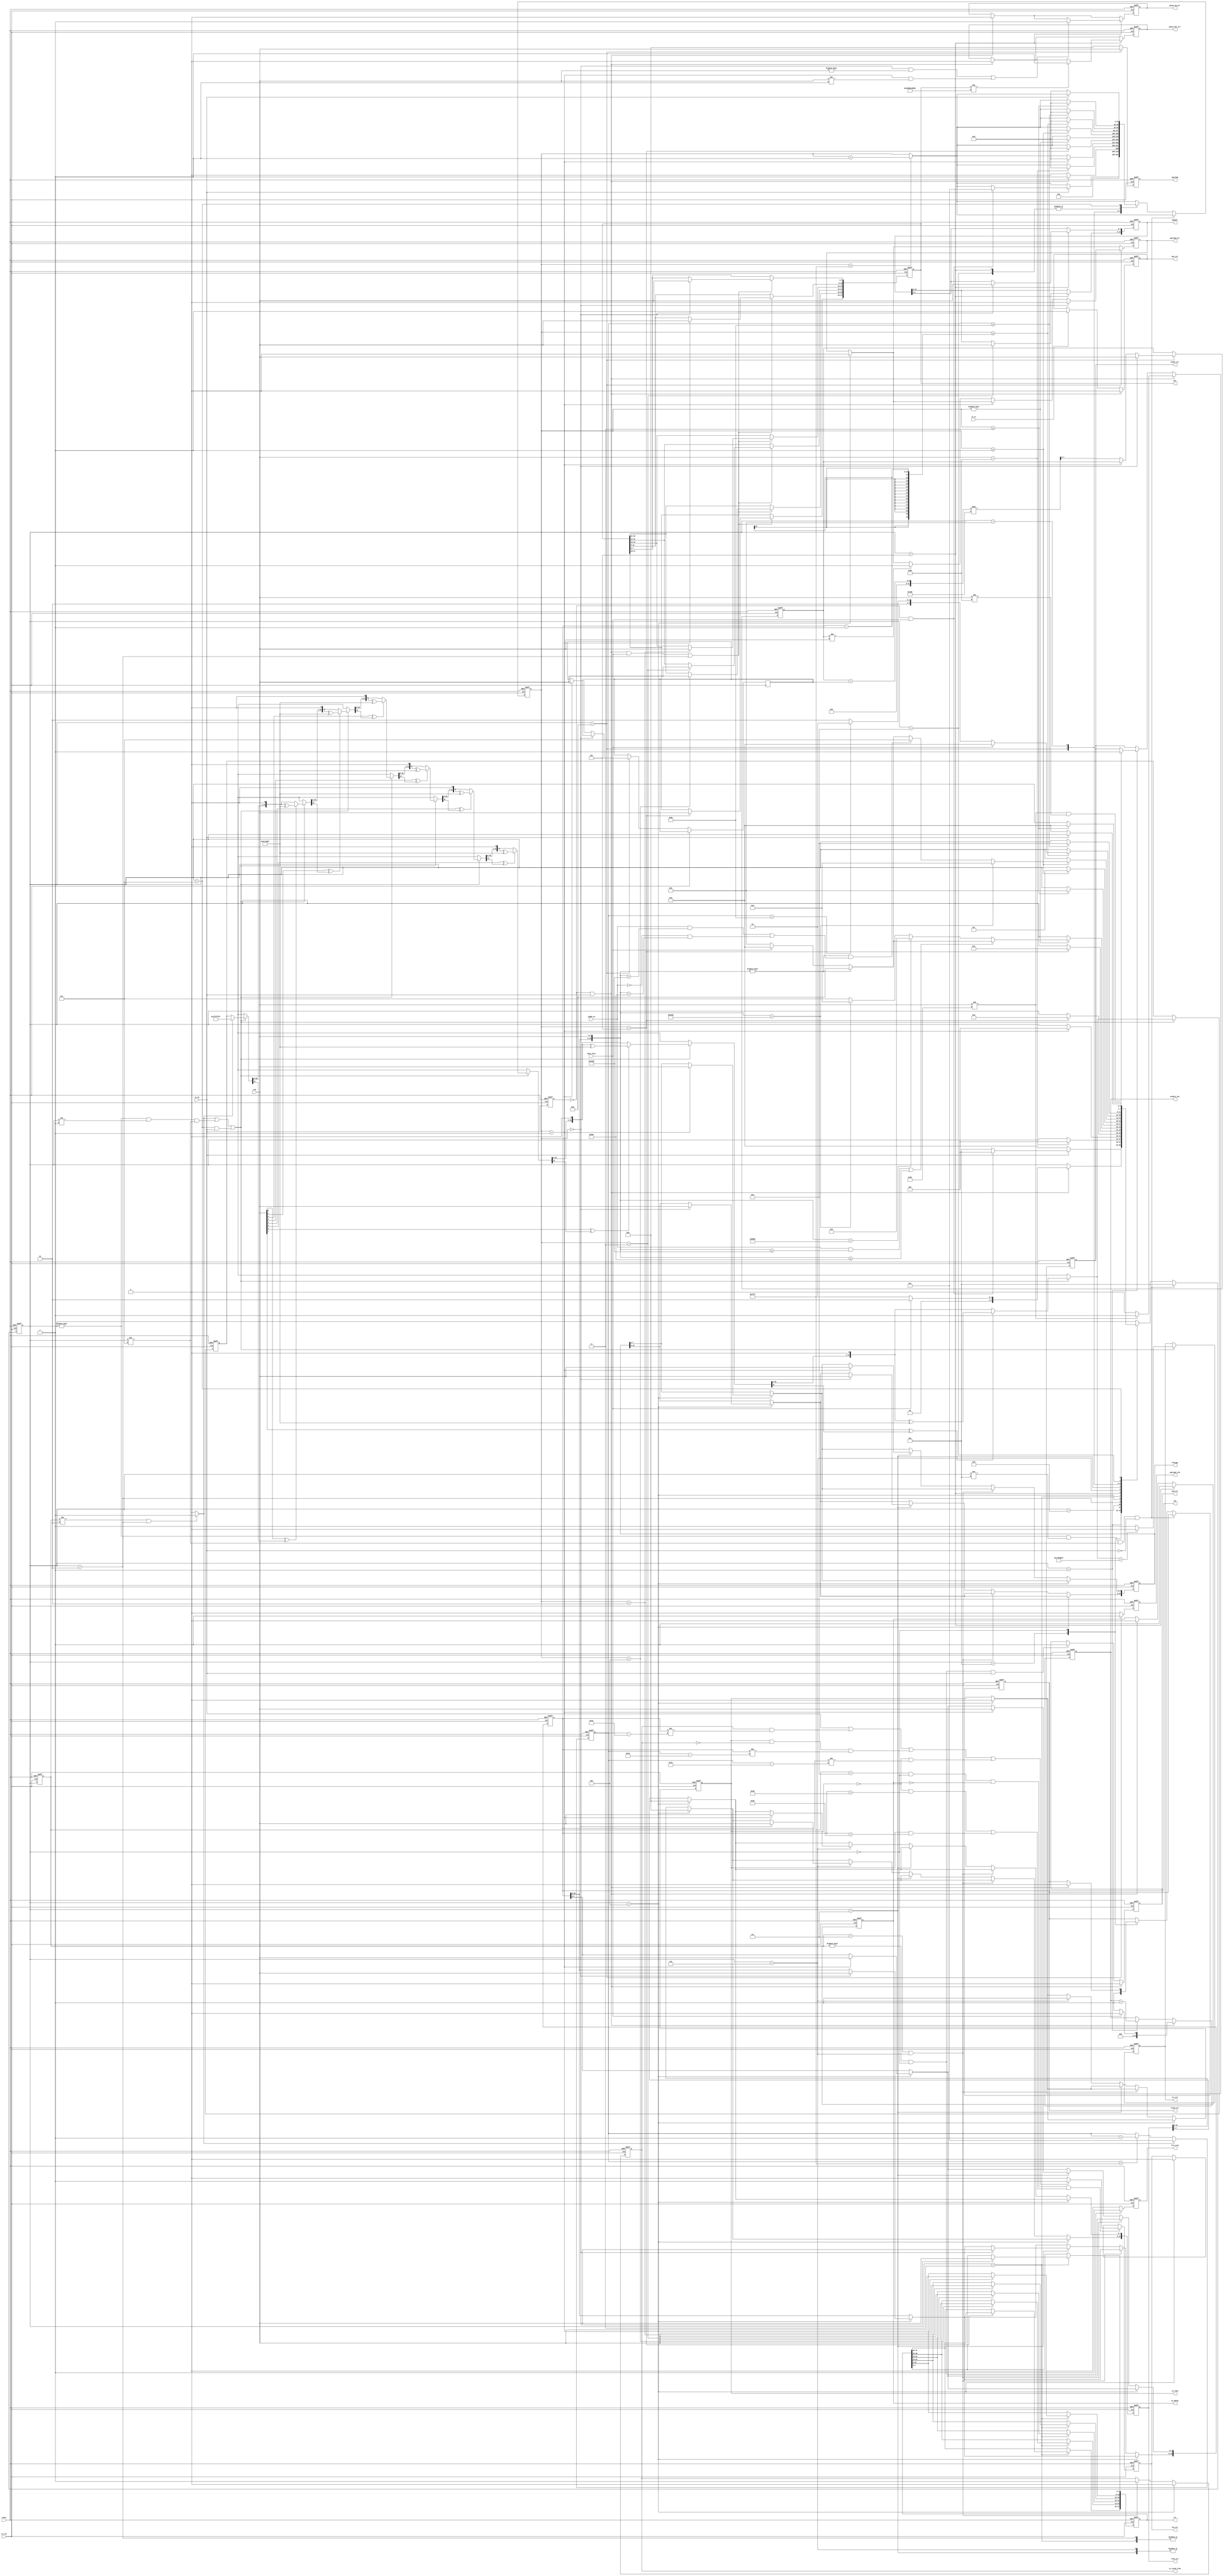
// -------------------------------------------------------------------------
// -------------------------------------------------------------------------
//
// Revision Control Information
//
// $RCSfile: ethmon_32.v,v $
// $Source: /ipbu/cvs/sio/projects/TriSpeedEthernet/src/testbench/models/verilog/ethernet_model/mon/ethmon_32.v,v $
//
// $Revision: #1 $
// $Date: 2010/01/07 $
// Check in by : $Author: max $
//
// Project     : Triple Speed Ethernet - 10/100/1000 MAC
//
// Description : (Simulation only)
//
// Ethernet Traffic Monitor/Decoder for 32 bit MAC Atlantic client interface
// Instantiated in top_ethmonitor32 (top_ethmon32.v)
//
// 
// ALTERA Confidential and Proprietary
// Copyright 2006 (c) Altera Corporation
// All rights reserved
//
// -------------------------------------------------------------------------
// -------------------------------------------------------------------------

`timescale 1 ns / 10 ps  // timescale for following modules


module ethmonitor_32 (

   reset,
   tx_clk,
   txd,
   tx_dv,
   tx_er,
   dst,
   src,
   prmble_len,
   pquant,
   vlan_ctl,
   len,
   frmtype,
   payload,
   payload_vld,
   is_vlan,
   is_stack_vlan,
   is_pause,
   crc_err,
   prmbl_err,
   len_err,
   payload_err,
   frame_err,
   pause_op_err,
   pause_dst_err,
   mac_err,
   end_err,
   jumbo_en,
   data_only,
   frm_rcvd);
   
parameter ENABLE_SHIFT16 = 1'b 0;
   
input   reset; //  active high
input   tx_clk; 
input   [7:0] txd; 
input   tx_dv; 
input   tx_er; 
output   [47:0] dst; //  destination address
output   [47:0] src; //  source address
output   [13:0] prmble_len; //  length of preamble
output   [15:0] pquant; //  Pause Quanta value
output   [15:0] vlan_ctl; //  VLAN control info
output   [15:0] len; //  Length of payload
output   [15:0] frmtype; //  if non-null: type field instead length
output   [7:0] payload; 
output   payload_vld; 
output   is_vlan;
output   is_stack_vlan; 
output   is_pause; 
output   crc_err; 
output   prmbl_err; 
output   len_err; 
output   payload_err; 
output   frame_err; 
output   pause_op_err; 
output   pause_dst_err; 
output   mac_err; 
output   end_err; 
input   jumbo_en; 
input   data_only; 
output   frm_rcvd; 
//  GMII transmit interface: To be connected to MAC TX
wire    [47:0] dst; 
reg     [47:0] src; 
wire    [13:0] prmble_len; 
reg     [15:0] pquant; 
reg     [15:0] vlan_ctl; 
wire    [15:0] len; 
wire    [15:0] frmtype; 
reg     [7:0] payload; 
//  Indicators
reg     payload_vld; 
wire    is_vlan;
wire    is_stack_vlan;  
wire    is_pause; 
reg     crc_err; 
reg     prmbl_err; 
reg     len_err; 
reg     payload_err; 
reg     frame_err; 
reg     pause_op_err; 
reg     pause_dst_err; 
reg     mac_err; 
//  Control
reg     end_err; 
reg     frm_rcvd; 
reg     [13:0] iprmble_len; //  length of preamble
reg     [15:0] ifrmtype; 
reg     [15:0] ilen; 
reg     [47:0] idst; 
reg     iis_vlan; 
reg     iis_stack_vlan;
reg     iis_pause; 
//  internal

// TYPE state_typ:
parameter state_typ_s_idle = 0;
parameter state_typ_s_prmbl = 1;
parameter state_typ_s_dst = 2;
parameter state_typ_s_src = 3;
parameter state_typ_s_typelen = 4;
parameter state_typ_s_pause = 5;
parameter state_typ_s_tag = 6;
parameter state_typ_s_len = 7;
parameter state_typ_s_data = 8;
parameter state_typ_s_pad = 9;
parameter state_typ_s_crc = 10;
parameter state_typ_s_abort = 11;
parameter state_typ_s_utype = 12;
parameter state_typ_s_Dword32Aligned = 13;


reg     [3:0] state; 
reg     [3:0] last_state; 
reg     last_tx_dv; //  follows tx_dv with one cycle delay
reg     [31:0] crc32; 
reg     [31:0] count; 
reg     [31:0] poscnt; //  position in frame starts at first dst byte
reg     [7:0] datacnt; //  counter to verify payload
reg     [7:0] datainc; //  counter increment
wire    tx_sof; //  start of frame indicator for 1 clk cycle with 1st byte
reg     tx_dst; //  start of frame indicator for 1 clk cycle with 1st byte
//  connect permanent port signals
//  ------------------------------
reg     [31:0]  process_3_crctmp; 
reg     [3:0]  V2V_process_3_i; 
integer  process_8_ix; 
integer  process_9_ix; 
reg      process_9_ln; 
integer  process_12_ix; 
integer  process_10_ix; 
integer  process_11_hi; 
integer  process_11_lo; 
reg     [31:0]  process_11_cnttmp; 
integer  process_11_i; 
integer  process_11_flen; 

assign prmble_len = iprmble_len; 
assign frmtype = ifrmtype; 
assign len = ilen; 
assign dst = idst; 
assign is_vlan = iis_vlan;
assign is_stack_vlan = iis_stack_vlan;  
assign is_pause = iis_pause; 
//  generate tx start pulse
//  ----------------------
assign tx_sof = ~last_tx_dv & tx_dv; //  pulse with first byte 0 to 1 change
//  generate pulse start of destination address
//  --------------------
always @(last_state or state)
   begin : process_1
   if (last_state != state_typ_s_dst & state == state_typ_s_dst)
      begin
      tx_dst <= 1'b 1;  
      end
   else
      begin
      tx_dst <= 1'b 0;  
      end
   end
//  ------------------------------------------
//  capture tx_er indicator
//  ------------------------------------------
always @(posedge tx_clk or posedge reset)
   begin : process_2
   if (reset == 1'b 1)
      begin
      mac_err <= 1'b 0; 
      last_tx_dv <= 1'b 0;  
      end
   else
      begin
      if (tx_sof == 1'b 1)
         begin
         mac_err <= 1'b 0;  //  reset indicator at start of new receive
         end
      else if (tx_er == 1'b 1 )
         begin
         mac_err <= 1'b 1;  //  capture one or many
         end
      last_tx_dv <= tx_dv;  
      end
   end
//  ----------------------------------------------
//  CRC calculation over all bytes except preamble
//  ----------------------------------------------
always @(posedge tx_clk or posedge reset)
   begin : process_3
   if (reset == 1'b 1)
      begin
      crc32 <= {32{1'b 1}}; 
      crc_err <= 1'b 0; 
      end
   else
      begin
//  need it ahead
      if (tx_dst == 1'b 1 | state != state_typ_s_idle & 
    state != state_typ_s_prmbl & state != state_typ_s_utype | 
    state == state_typ_s_utype & tx_dv == 1'b 1)
         begin
//  push all inclusive CRC bytes
//  preset CRC or load current value
         if (tx_dst == 1'b 1)
            begin
//  first data, preset CRC
            process_3_crctmp = {32{1'b 1}}; 
            end
         else
            begin
            process_3_crctmp = crc32;   
            end
//  calculate next step

         for (V2V_process_3_i = 0; V2V_process_3_i <= 7; V2V_process_3_i = V2V_process_3_i + 1)
            begin
            if ((txd[V2V_process_3_i] ^ process_3_crctmp[31]) == 1'b 1)
               begin
               process_3_crctmp = (process_3_crctmp << 1);  //  shift in a 0, will be xor'ed to 1 by the polynom
               process_3_crctmp = process_3_crctmp ^ 32'h 04C11DB7; 
               end
            else
               begin
               process_3_crctmp = (process_3_crctmp << 1);  //  shift in a 0
               end
            end
//  process all bits we have here
         crc32 <= process_3_crctmp; //  remember current value
//  check if CRC is valid
         if (process_3_crctmp == 32'h C704DD7B)
            begin
            crc_err <= 1'b 0;   
            end
         else
            begin
            crc_err <= 1'b 1;   
            end
         end
      end
   end
//  ----------------------------------------------
//  Extract RX Payload on payload bus and check payload errors:
//  * first byte is counter initialization
//  * second byte is counter increment
//  * data begins from 3rd byte on 
//  ----------------------------------------------
always @(posedge tx_clk or posedge reset)
   begin : process_4
   if (reset == 1'b 1)
      begin
      payload <= {8{1'b 0}};    
      payload_vld <= 1'b 0; 
      payload_err <= 1'b 0; 
      datacnt <= 0; 
      end
   else
      begin
      if (state == state_typ_s_typelen)
         begin
         payload_err <= 1'b 0;  //  reset as a frame of length 0 will not get into S_DATA.
         end
      if (state == state_typ_s_data)
         begin
         payload <= txd;    
         payload_vld <= 1'b 1;  
         if (count == 0)
            begin
            datacnt <= ({1'b 0, txd});  //  load counter
            payload_err <= 1'b 0;   
            end
         else if (count == 1 )
            begin
            datainc <= ({1'b 0, txd});  //  load increment
//  verify payload contents
            end
         else
            begin
            datacnt <= (datacnt + datainc) % 256;   
            if (datacnt != ({1'b 0, txd}))
               begin
               payload_err <= 1'b 1;    
               end
            end
         end
      else
         begin
         payload <= {8{1'b 0}}; 
         payload_vld <= 1'b 0;  
         end
      end
   end
//  ----------------------------------------------
//  Position Counter: Starts with first octet of destination address
//  ----------------------------------------------
always @(posedge tx_clk or posedge reset)
   begin : process_5
   if (reset == 1'b 1)
      begin
      poscnt <= 0;  
      end
   else
      begin
      if (tx_dst == 1'b 1)
         begin
//  reset at start of DST 
         poscnt <= 1;   
         end
      else
         begin
         if (poscnt < 65535)
            begin
            poscnt <= poscnt + 1'b 1;   
            end
         end
      end
   end
//  ----------------------------------------------
//  End of Frame:
//  change from non-idle to idle indicates something was received
//  if dv is still asserted this is an end error
//  ----------------------------------------------
always @(posedge tx_clk or posedge reset)
   begin : process_6
   if (reset == 1'b 1)
      begin
      frm_rcvd <= 1'b 0;    
      end_err <= 1'b 0; 
      end
   else
      begin
      if (last_state != state_typ_s_idle & state == state_typ_s_idle)
         begin
         frm_rcvd <= 1'b 1; 
         end
      else
         begin
         frm_rcvd <= 1'b 0; 
         end
      if (tx_sof == 1'b 1)
         begin
         end_err <= 1'b 0;  
         end
      else if (last_state != state_typ_s_idle & state == state_typ_s_idle & 
    tx_dv == 1'b 1 )
         begin
         end_err <= 1'b 1;  //  dv still asserted even after nothing more expected
         end
      end
   end
//  ----------------------------------------------
//  Preamble check
//  ----------------------------------------------
always @(posedge tx_clk or posedge reset)
   begin : process_7
   if (reset == 1'b 1)
      begin
      prmbl_err <= 1'b 0;   
      iprmble_len <= 0; 
      end
   else
      begin
      if (tx_sof == 1'b 1)
         begin
         if (txd != 8'h 55)
            begin
            prmbl_err <= 1'b 1; 
            end
         else
            begin
            prmbl_err <= 1'b 0; //  reset usually
            end
         if (data_only == 1'b 1)
            begin
            iprmble_len <= 0;   
            end
         else
            begin
            iprmble_len <= 1;   
            end
         end
      else if (state == state_typ_s_prmbl )
         begin
         if (txd != 8'h 55 & txd != 8'h D5)
            begin
            prmbl_err <= 1'b 1; 
            end
         iprmble_len <= iprmble_len + 1'b 1;    
         end
      end
   end
//  ----------------------------------------------
//  Extract Source and Destination addresses
//  ----------------------------------------------
always @(posedge tx_clk or posedge reset)
   begin : process_8
   if (reset == 1'b 1)
      begin
      idst <= {48{1'b 0}};  
      src <= {48{1'b 0}};   
      end
   else
      begin
      process_8_ix = count * 8; 

      if (tx_sof == 1'b 1 & data_only == 1'b 1 & state == state_typ_s_Dword32Aligned & ENABLE_SHIFT16 == 1'b1)
         begin
             case (count)
             1'b 0 : ;
             1'b 1 : ;
             default:;
             endcase         
          end
      if (tx_sof == 1'b 0 & data_only == 1'b 1 & ENABLE_SHIFT16 == 1'b1 & state == state_typ_s_dst)
         begin
         case (count)
         1'b 0:
            begin
            idst[7:0] <= txd[7:0];  
            end
         1'b 1:
            begin
            idst[15:8] <= txd[7:0]; 
            end
         2'b 10:
            begin
            idst[23:16] <= txd[7:0];    
            end
         2'b 11:
            begin
            idst[31:24] <= txd[7:0];    
            end
         3'b 100:
            begin
            idst[39:32] <= txd[7:0];    
            end
         3'b 101:
            begin
            idst[47:40] <= txd[7:0];    
            end
         default:
            ;
         endcase         end
 
 
      if (tx_sof == 1'b 1 & data_only == 1'b 1 & ENABLE_SHIFT16 == 1'b0 | state == state_typ_s_dst)
         begin
         case (count)
         1'b 0:
            begin
            idst[7:0] <= txd[7:0];  
            end
         1'b 1:
            begin
            idst[15:8] <= txd[7:0]; 
            end
         2'b 10:
            begin
            idst[23:16] <= txd[7:0];    
            end
         2'b 11:
            begin
            idst[31:24] <= txd[7:0];    
            end
         3'b 100:
            begin
            idst[39:32] <= txd[7:0];    
            end
         3'b 101:
            begin
            idst[47:40] <= txd[7:0];    
            end
         default:
            ;
         endcase         end
      if (state == state_typ_s_src)
         begin
        case (count)
         1'b 0:
            begin
            src[7:0] <= txd[7:0];   
            end
         1'b 1:
            begin
            src[15:8] <= txd[7:0];  
            end
         2'b 10:
            begin
            src[23:16] <= txd[7:0]; 
            end
         2'b 11:
            begin
            src[31:24] <= txd[7:0]; 
            end
         3'b 100:
            begin
            src[39:32] <= txd[7:0]; 
            end
         3'b 101:
            begin
            src[47:40] <= txd[7:0]; 
            end
         default:
         ;
         endcase         
       end      
      end
   end

//  ----------------------------------------------
//  Extract Length/Type field and VLAN Tag identifier
//  ----------------------------------------------

always @(posedge tx_clk or posedge reset)
   begin : process_12
   if (reset == 1'b 1)
      begin
      ilen <= {16{1'b 0}};  
      ifrmtype <= {16{1'b 0}};  
      vlan_ctl <= {16{1'b 0}};  
      iis_vlan <= 1'b 0;    
      len_err <= 1'b 0; 
      iis_stack_vlan <= 1'b0;
      end
   else
      begin
      process_12_ix = 4'b 1000 - count * 8; 
// if( tx_sof_d = '1' ) then              -- clear all on start of every frame
// 
//     ilen     <= (others => '0');
//     ifrmtype <= (others => '0');
//     vlan_ctl <= (others => '0');
//     iis_vlan  <= '0';
//     
// end if;
      if (state == state_typ_s_typelen)
         begin
//  if in type/len set both
        case (count)
         1'b 0:
            begin
            ifrmtype[15:8] <= txd;  
            ilen[15:8] <= txd;  
            end
         1'b 1:
            begin
            ifrmtype[7:0] <= txd;   
            ilen[7:0] <= txd;   
            end
         default:
            ;
         endcase                
         vlan_ctl <= {16{1'b 0}};   //  clear at start of new frame (at SOF it is too early)
         iis_vlan <= 1'b 0; 
         len_err <= 1'b 0;  
         end
         
         if(state==state_typ_s_typelen)
         begin
            
                iis_stack_vlan <= 1'b0 ;
         
         end 
         else if (last_state == state_typ_s_len & state == state_typ_s_tag)
         begin
            
                iis_stack_vlan <= 1'b1 ;
                
         end
         
      else if (state == state_typ_s_len )
         begin
//  in len again, set len independently
         case (count)
         1'b 0:
            begin
            ifrmtype[15:8] <= txd;  
            ilen[15:8] <= txd;  
            end
         1'b 1:
            begin
            ifrmtype[7:0] <= txd;   
            ilen[7:0] <= txd;   
            end
         default:
            ;
         endcase    
         end
      else if (state == state_typ_s_tag )
         begin
         iis_vlan <= 1'b 1; 
        case (count)
         1'b 0:
            begin
            vlan_ctl[15:8] <= txd;  // ilen(ix+7 downto ix)     <= txd;
            end
         1'b 1:
            begin
            vlan_ctl[7:0] <= txd;   
            end
         default:
            ;
         endcase         end
//  verify length at end of frame for normal frames (length 46... max and not a type)
      if (last_state == state_typ_s_crc & state == state_typ_s_idle & 
    iis_pause == 1'b 0 & (iis_vlan == 1'b 0 & 
    ilen > 45 | iis_vlan == 1'b 1 & 
    ilen > 41))
         begin
//  verify integrity of length field 
         if (tx_dv == 1'b 1 | 
             iis_stack_vlan == 1'b 1 & ilen != poscnt - 5'b 11010 |
             (iis_vlan == 1'b 1 & iis_stack_vlan == 1'b 0) & ilen != poscnt - 5'b 10110 | 
             iis_vlan == 1'b 0 & ilen != poscnt - 5'b 10010)
            begin
            len_err <= 1'b 1;   
            end
         else
            begin
            len_err <= 1'b 0;   
            end
         end
      end
   end
//  ----------------------------------------------
//  Extract Pause frame indication,
//                opcode error,
//                destination address error,
//                and Pause Quanta
//  ----------------------------------------------
always @(posedge tx_clk or posedge reset)
   begin : process_13
   if (reset == 1'b 1)
      begin
      pquant <= {16{1'b 0}};    
      iis_pause <= 1'b 0;   
      pause_op_err <= 1'b 0;    
      pause_dst_err <= 1'b 0;   
      end
   else
      begin
      if (tx_sof == 1'b 1)
         begin
         iis_pause <= 1'b 0;    //  clear at start of frame
         pause_op_err <= 1'b 0; 
         pause_dst_err <= 1'b 0;    
         end
      if (state == state_typ_s_pause)
         begin
         iis_pause <= 1'b 1;    
         //if (count >= 2)
            //begin
//  pick octets after opcode
        case (count)
            2'b 11:
               begin
               pquant[15:8] <= txd; 
               end
            1'b 0:
               begin
               pquant[7:0] <= txd;  
               end
            default:
               ;
            endcase            
            //end
        if (count == 0 & txd != 8'h 00 | 
    count == 1 & txd != 8'h 01 )
            begin
            pause_op_err <= 1'b 1;  
            end
         if (idst != 48'h 010000c28001)
            begin
//  01-80-c2-00-00-01 is standard !
            pause_dst_err <= 1'b 1; 
            end
         end
      end
   end
//  ----------------------------------------------
//  Monitor State Machine
//  ----------------------------------------------
always @(posedge tx_clk or posedge reset)
   begin : process_11
   if (reset == 1'b 1)
      begin
      state <= state_typ_s_idle;    
      last_state <= state_typ_s_idle;   
      count <= 0;   
      frame_err <= 1'b 0;   //  state machine abort indicator
      end
   else
      begin
//  remember last state and increment internal counter
      last_state <= state;  
      if (count < 65535)
         begin
         process_11_cnttmp = count + 1'b 1; 
         end
      else
         begin
         process_11_cnttmp = count; 
         end
//  Abort detection: If enable goes low in middle of frame
      if (state != state_typ_s_idle & state != state_typ_s_abort & 
    state != state_typ_s_utype & tx_dv == 1'b 0)
         begin
         state <= state_typ_s_abort;    
         end
      else
         begin
         case (state)
         state_typ_s_abort:
            begin
            if (tx_dv == 1'b 1)
               begin
               if (last_tx_dv == 1'b 0 & data_only == 1'b 1)
                  begin
//  only 1 clock cycle inbetween
                  if (ENABLE_SHIFT16 == 1'b0)
                  state <= state_typ_s_dst; 
                  else
                    state <= state_typ_s_Dword32Aligned;    

                  process_11_cnttmp = 1'b 1;    
                  frame_err <= 1'b 0;   
                  end
               else
                  begin
                  state <= state_typ_s_abort;   //  wait til tx stops transmission
                  end
               end
            else
               begin
               state <= state_typ_s_idle;   
               end
            frame_err <= 1'b 1; 
            end
         state_typ_s_idle:
            begin
            if (tx_sof == 1'b 1)
               begin
//  we miss the very first !
               process_11_cnttmp = 1'b 1;   //  therefore need to count to 1 immediately
               frame_err <= 1'b 0;  
               if (data_only == 1'b 1)
                  begin
//  no preamble checking ?
                  if (ENABLE_SHIFT16 == 1'b0)
                  state <= state_typ_s_dst; 
                  else
                    state <= state_typ_s_Dword32Aligned;    
                  end
               else
                  begin
                  state <= state_typ_s_prmbl;   
                  end
               end
            else
               begin
               process_11_cnttmp = 1'b 0;   //  keep it to zero always 
               end
            end
         state_typ_s_prmbl:
            begin
            if (txd == 8'h D5)
               begin
               state <= state_typ_s_dst;    
               process_11_cnttmp = 1'b 0;   
               end
            end

         state_typ_s_Dword32Aligned:
           begin
           if (count == 1)
              begin
              state <= state_typ_s_dst;   
              process_11_cnttmp = 1'b 0;  
              end
           end

         state_typ_s_dst:
            begin
            if (count == 5)
               begin
               state <= state_typ_s_src;    
               process_11_cnttmp = 1'b 0;   
               end
            end
         state_typ_s_src:
            begin
            if (count == 5)
               begin
               state <= state_typ_s_typelen;    
               process_11_cnttmp = 1'b 0;   
               end
            end
         state_typ_s_typelen:
            begin
            if (count != 0)
               begin
//  second half of 2-octet field
               process_11_cnttmp = 1'b 0;   
               process_11_flen = ({1'b 0, ilen[15:8], txd});    //  need it NOW
               if (jumbo_en == 1'b 1 & process_11_flen <= 9000 | 
    process_11_flen <= 1500)
                  begin
//  ok normal user frame. check if data or 0 length
                  if (process_11_flen != 0)
                     begin
                     state <= state_typ_s_data; 
//  no data, PAD or finished
                     end
                  else
                     begin
                     if (data_only == 1'b 1)
                        begin
                        state <= state_typ_s_idle;  //  Ok, we are done dont expect anything more
                        end
                     else
                        begin
                        state <= state_typ_s_pad;   //  zero-length frame needs padding
                        end
                     end
//  not normal frame
                  end
               else
                  begin
                  if (process_11_flen == 16'h 8808)
                     begin
                     state <= state_typ_s_pause;    
                     end
                  else if (process_11_flen == 16'h 8100 )
                     begin
                     state <= state_typ_s_tag;  
                     end
                  else
                     begin
                     state <= state_typ_s_utype;    //  S_ABORT;    -- unknown type
                     end
                  end
               end
            end
         state_typ_s_pause:
            begin
            if (count >= 3)
               begin
//  need to overread opcode
               state <= state_typ_s_pad;    
               process_11_cnttmp = 1'b 0;   
               end
            end
         state_typ_s_tag:
            begin
            if (count >= 1)
               begin
               state <= state_typ_s_len;    
               process_11_cnttmp = 1'b 0;   
               end
            end
         state_typ_s_len:
            begin
            if (count >= 1)
               begin
//  Length after VLAN TAG
               process_11_cnttmp = 1'b 0;   
               process_11_flen = ({1'b 0, ilen[15:8], txd});    //  need it NOW
               
               if ( process_11_flen == 16'h8100)
               begin
                                    
                state <= state_typ_s_tag;
               
               end               
               else if (process_11_flen != 0 & (jumbo_en == 1'b 1 & 
    process_11_flen > 9000 | jumbo_en == 1'b 0 & 
    process_11_flen > 1500))
                  begin
                  state <= state_typ_s_utype;   
                  end
               else if (process_11_flen != 0 )
                  begin
                  state <= state_typ_s_data;    
//  no data, PAD or finished
                  end
               else
                  begin
                  if (data_only == 1'b 1)
                     begin
                     state <= state_typ_s_idle; //  Ok, we are done dont expect CRC
                     end
                  else
                     begin
                     state <= state_typ_s_pad;  
                     end
                  end
               end
            end
         state_typ_s_data:
            begin
            if (count >= ilen - 1'b 1)
               begin
               process_11_cnttmp = 1'b 0;   
               if (data_only == 1'b 1)
                  begin
//  no PAD and no CRC ?
                  state <= state_typ_s_idle;    
                  end
               else if (poscnt < 6'b 111100 - 1'b 1 )
                  begin
//  expect padding ?
                  state <= state_typ_s_pad; 
                  end
               else
                  begin
                  state <= state_typ_s_crc; 
                  end
               end
            end
         state_typ_s_pad:
            begin
            if (poscnt >= 6'b 111100 - 1'b 1)
               begin
               state <= state_typ_s_crc;    
               process_11_cnttmp = 1'b 0;   
               end
            end
         state_typ_s_crc:
            begin
            if (count >= 3)
               begin
               state <= state_typ_s_idle;   
               process_11_cnttmp = 1'b 0;   
               end
            end
         state_typ_s_utype:
            begin
            if (tx_dv == 1'b 0)
               begin
//  unknown type... wait for end of frame
               state <= state_typ_s_idle;   
               process_11_cnttmp = 1'b 0;   
               end
            end
         endcase
         end
//  abort                    
//  load the counter with the new value                   
      count <= process_11_cnttmp;   
      end
   end

//  port signals internally reused

endmodule // module ethmonitor_32